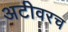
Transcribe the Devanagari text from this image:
अटीवरच